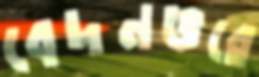
বেদনভরে